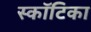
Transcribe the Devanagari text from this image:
स्कॉटिका